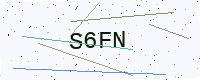
Text: S6FN